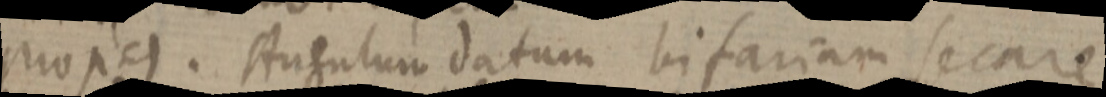
prop. 9. Angulum datum bifariam secare